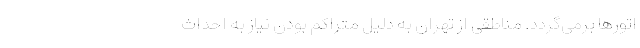
اتورها برمی‌گردد. مناطقی از تهران به دلیل متراکم بودن نیاز به احداث